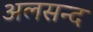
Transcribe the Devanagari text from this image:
अलसन्द